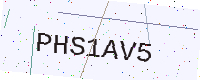
Text: PHS1AV5